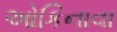
ઓકિનાવા